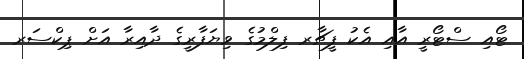
ޓޯއި ސްޓޯރީ އާއި އެކު ފީޗާރ ފިލްމުގެ ވިޔަފާރީގެ ދާއިިރާ އަށް ޕިކްސަރ